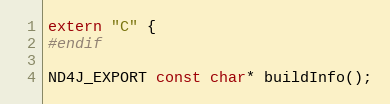
Language: C
extern "C" {
#endif

ND4J_EXPORT const char* buildInfo();